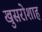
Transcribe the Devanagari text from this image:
खुसरोशाह